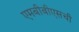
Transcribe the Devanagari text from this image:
एमबीबीएसची